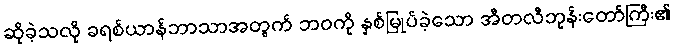
ဆိုခဲ့သလို ခရစ်ယာန်ဘာသာအတွက် ဘဝကို နှစ်မြုပ်ခဲ့သော အီတလီဘုန်းတော်ကြီး၏